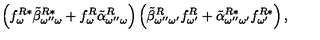
\left( f _ { \omega } ^ { R * } \tilde { \beta } _ { \omega ^ { \prime \prime } \omega } ^ { R * } + f _ { \omega } ^ { R } \tilde { \alpha } _ { \omega ^ { \prime \prime } \omega } ^ { R } \right) \left( \tilde { \beta } _ { \omega ^ { \prime \prime } \omega ^ { \prime } } ^ { R } f _ { \omega ^ { \prime } } ^ { R } + \tilde { \alpha } _ { \omega ^ { \prime \prime } \omega ^ { \prime } } ^ { R * } f _ { \omega ^ { \prime } } ^ { R * } \right) ,